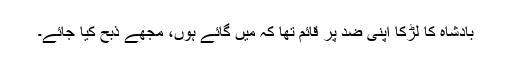
بادشاہ کا لڑکا اپنی ضد پر قائم تھا کہ میں گائے ہوں، مجھے ذبح کیا جائے۔